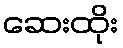
ဆေးထိုး